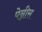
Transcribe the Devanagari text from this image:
पेन्नीस